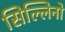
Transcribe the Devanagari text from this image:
सिल्लिनो